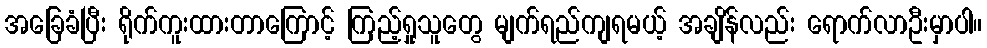
အခြေခံပြီး ရိုက်ကူးထားတာကြောင့် ကြည့်ရှုသူတွေ မျက်ရည်ကျရမယ့် အချိန်လည်း ရောက်လာဦးမှာပါ။